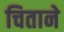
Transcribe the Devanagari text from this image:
चिताने